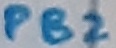
Text: PB2